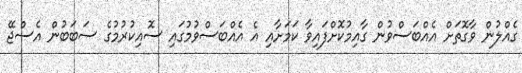
ގެއްލުން ވާގޮތަށް އެއްބަސްވުން ގާއިމުކޮށްފައިވާ ކަމަށާއި އެ އެއްބަސްވުމުގައި ސޮއިކުރުމުގެ ސަބަބުން އެސްޖޭ